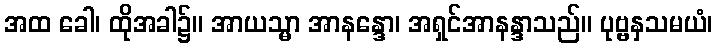
အထ ခေါ၊ ထိုအခါ၌။ အာယသ္မာ အာနန္ဒော၊ အရှင်အာနန္ဒာသည်။ ပုဗ္ဗနှသမယံ၊